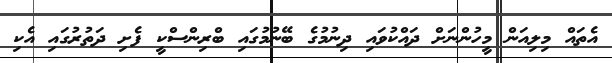
އެތައް މިލިއަން މީހުންނަށް ދައްކުވައި ދިނުމުގެ ބޭނުމުގައި ބްރިންސްކީ ފެށި ދަތުރުގައި އެކި